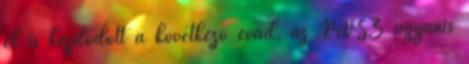
el is kezdődött a következő évad, az MVSZ ugyanis